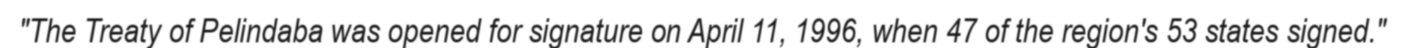
"The Treaty of Pelindaba was opened for signature on April 11, 1996, when 47 of the region's 53 states signed."